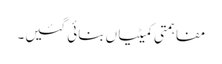
مفاہمتی کمیٹیاں بنائی گئیں۔